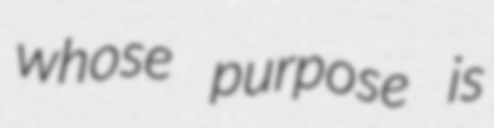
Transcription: whose purpose is